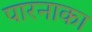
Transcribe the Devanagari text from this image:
पारनाका